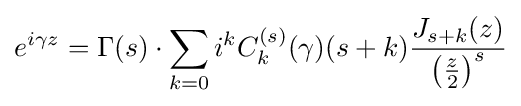
e^{i\gamma z}=\Gamma (s)\cdot \sum _{k=0}i^{k}C_{k}^{(s)}(\gamma )(s+k){\frac {J_{s+k}(z)}{\left({\frac {z}{2}}\right)^{s}}}